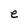
Character: e